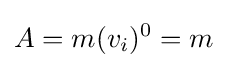
A=m(v_{i})^{0}=m